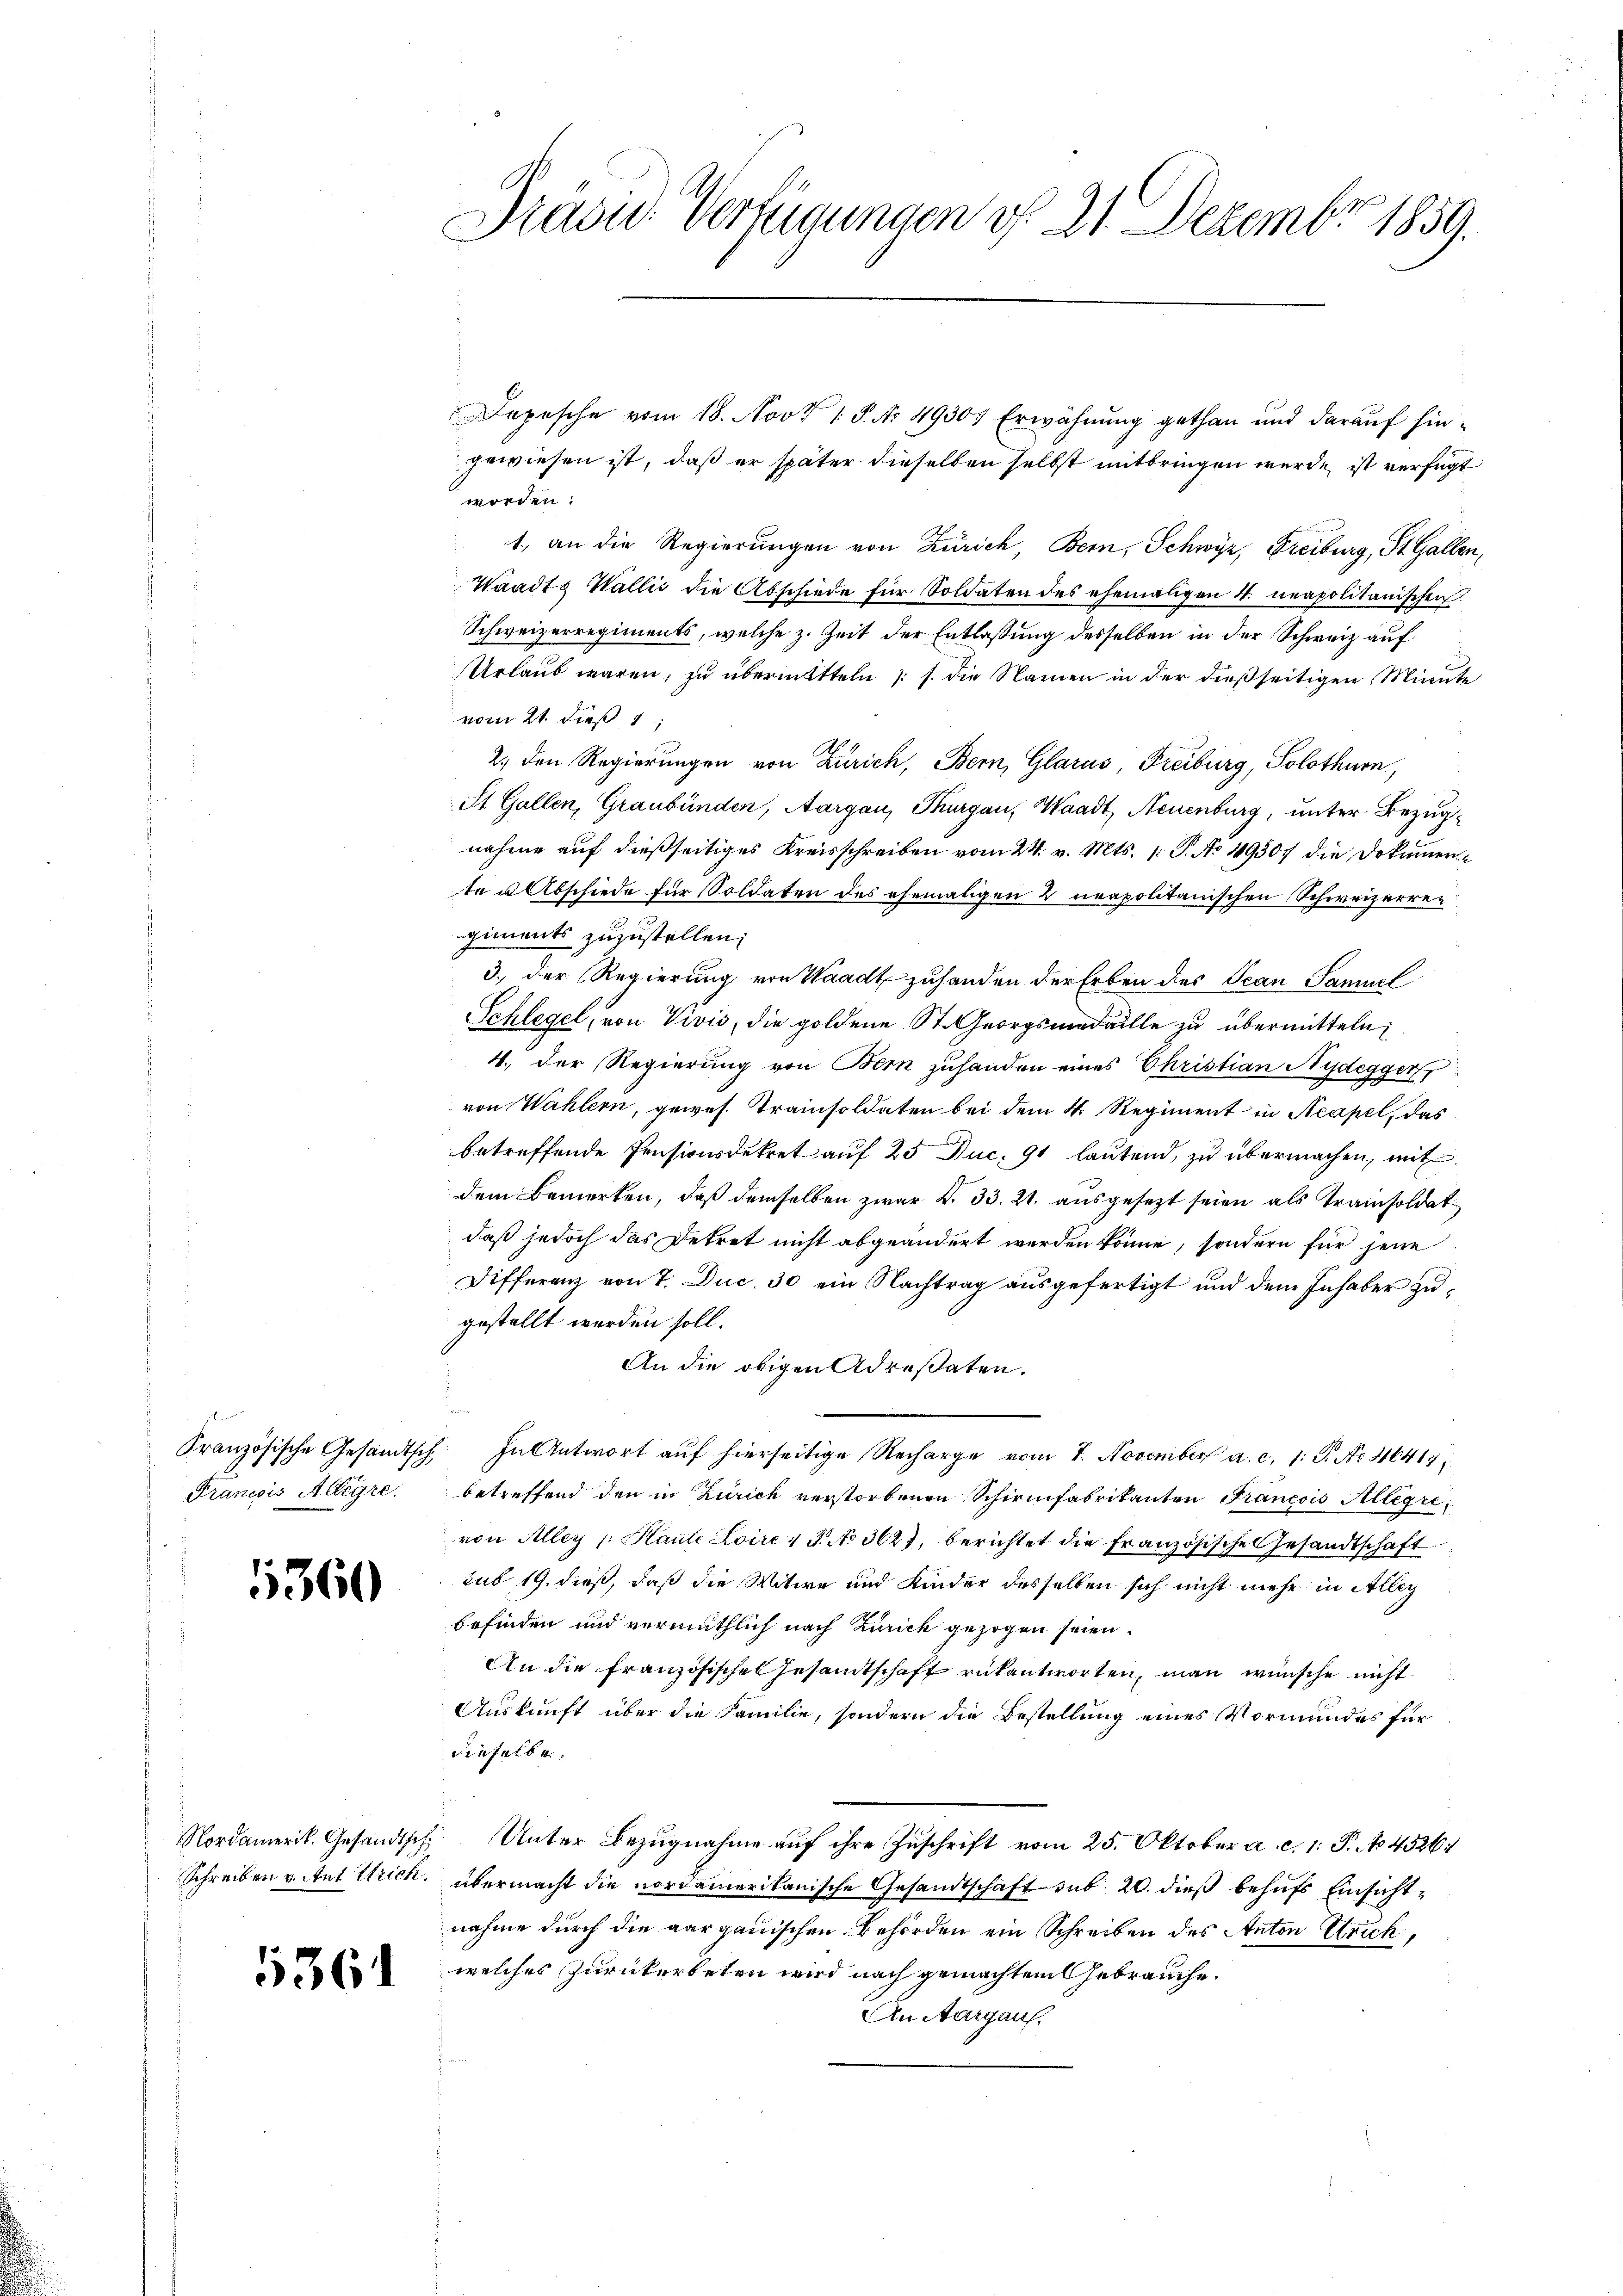
Francois Alligre

5360

1361

Prasid. Verfügungen d. 21. Dezember 1859.

epesche vom 18. Nov 1 S. No 4930) Erwähnung gethan und darauf hingewiesen ist, daß er später dieselben selbst mitbringen werde, ist verfügt
worden:
1., an die Regierungen von Zürich, Bern, Schwyz, Freiburg, St. Gallen,
Waadt, Wallis die Abschiede für Soldaten des ehemaligen 4. neapolitanischen
Schweizerregiments, welche z. Zeit der Entlaßung desselben in der Schweiz auf
Urlaub waren, zu übermitteln (s. die Namen in der dießseitigen Minute
vom 21. dieß 1;
2.) den Regierungen von Zürich, Bern, Glarus, Freiburg, Solothurn,
St. Gallen, Graubünden, Aargau, Thurgau, Waadt, Neuenburg, unter Bezugnahme auf dießseitiges Kreisschreiben vom 24. v. Mts. 1. P. No 49507 die Dokumente u. Abschiede für Soldaten des ehemaligen 2 neapolitanischen Schweizerregiments zuzustellen;
3.) Der Regierung von Waadt zuhanden der Erben des Tean Samuel
Schlegel, von Vivis, die goldene St. Georgsmedaille zu übermitteln;
4. Der Regierung von Bern zuhanden eines Christian Nydegger,
von Wahlern, gewes. Trainsoldaten bei dem 4. Regiment in Neapel, das
betreffende Pensionsdekret auf 25 Duc. 91 lautend, zu übermachen, mit
dem Bemerken, daß demselben zwar V. 33. 21. ausgesetzt seien als Trainsoldat
daß jedoch das Betret nicht abgeändert werden könne, sondern für jene
Differenz von 7. Duc. 30 ein Nachtrag ausgefertigt und dem Inhaber zugestellt werden soll.
An die obigen Adresaten.
u
Französische Gesandtsch. In Antwort aŭf hierseitige Recharge vom 7. November a. c. 1: P. Nr. 116417
betreffend den in Zürich verstorbenen Schirinfabrikanten Francois Alligre
von Aller (: Haute Loire 1 S. No 3627, berichtet die Französische Gesandtschaft
sub 19. dieß, daß die Witwe und Kinder desselben sich nicht mehr in Alley
befinden und vermuthlich nach Zurick gezogen seien.
An die Französische Gesandtschaft rükantworten, man wünsche nicht
Auskunft über die Familie, sondern die Bestellung eines Vormundes für
dieselbe.
Nordamerik. Gesandtsch. Unter Bezugnahme auf ihre Zuschrift vom 25. Oktober a. c. 1: P. No. 4526.
Schreiben vitat rich, übermacht die nordamerikanische Gesandtschaft sub 20. dieß behufs Einsichtnahme durch die aargauischen Behörden ein Schreiben des Anton Strick,
welches Zurückerbeten wird nach gemachtem Gebrauche
An Aargaus,